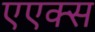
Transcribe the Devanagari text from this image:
एएक्स